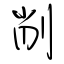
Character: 削